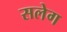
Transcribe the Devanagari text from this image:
सलेग